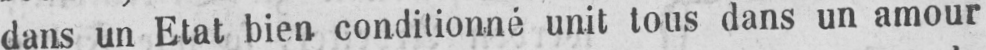
dans un Etat bien conditionné unit tous dans un amour